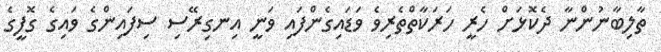
ތާލިބާނުންނާ ދެކޮޅަށް ހެރީ ހަރަކާތްތެރިވެ ވަޑައިގެންފައި ވަނީ އިނގިރޭސި ސިފައިންގެ ވައިގެ ގޮފީގެ